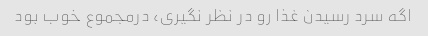
اگه سرد رسیدن غذا رو در نظر نگیری، درمجموع خوب بود